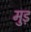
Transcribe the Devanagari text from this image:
मुड़़